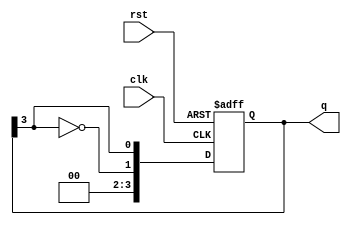
module johnson_counter #(parameter N = 4) (
    input wire clk,          // Clock input
    input wire rst,          // Asynchronous reset
    output reg [N-1:0] q     // Counter output
);

    always @(posedge clk or posedge rst) begin
        if (rst) begin
            q <= 0;          // Initialize the counter to 0 on reset
        end else begin
            q <= {~q[N-1], q[N-1:N-1]}; // Shift and invert the last bit
        end
    end

endmodule